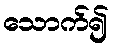
သောက်၍